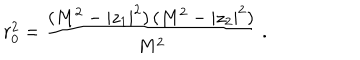
LaTeX: r _ { 0 } ^ { 2 } = \frac { ( M ^ { 2 } - | z _ { 1 } | ^ { 2 } ) \, ( M ^ { 2 } - | z _ { 2 } | ^ { 2 } ) } { M ^ { 2 } } \ .